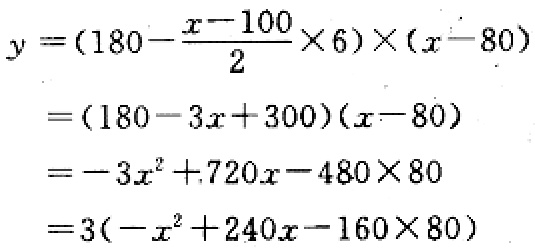
\[
\begin{align*}
y&=(180 - \frac{x - 100}{2} \times 6)\times(x - 80)\\
&=(180 - 3x + 300)(x - 80)\\
&=-3x^{2}+720x - 480\times80\\
&=3(-x^{2}+240x - 160\times80)
\end{align*}
\]